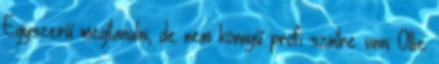
Egyszerű megtanulni, de nem könnyű profi szintre vinni Ollie